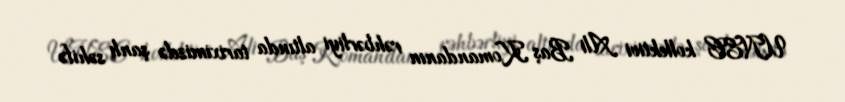
UNEC kollektivi Ali Baş Komandanın rəhbərliyi altında tariximizdə şanlı səhifə